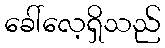
ခေါ်လေ့ရှိသည်